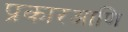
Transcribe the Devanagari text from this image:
प्रकारआणि